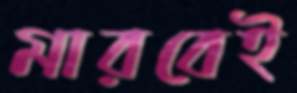
মারবেই